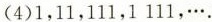
(4)1，11，111，1111，….